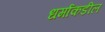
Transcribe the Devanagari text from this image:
धर्माकडील